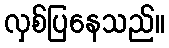
လှစ်ပြနေသည်။